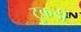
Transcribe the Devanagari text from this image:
टुकड़ी